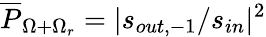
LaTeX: \overline{{P}}_{\Omega+\Omega_{r}}=|s_{out,-1}/s_{in}|^{2}